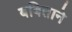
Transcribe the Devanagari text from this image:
बबिताने